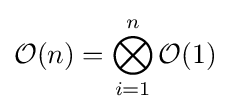
{\mathcal {O}}(n)=\bigotimes _{i=1}^{n}{\mathcal {O}}(1)